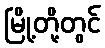
မြို့တို့တွင်